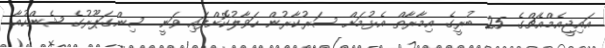
އައިޖީއެމްއެޗްގެ 25 ބުރީގެ އިމާރާތް އެޅުމަށް ސަރުކާރުން ހަވާލުކޮށްފައި ވަނީ ސިންގަޕޫރުގެ ޝެންހުއާ